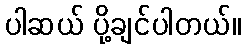
ပါဆယ် ပို့ချင်ပါတယ်။